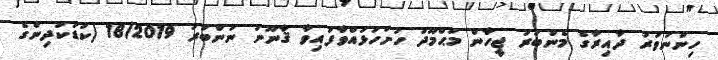
ހިންނަވަރު ދާއިރާގެ މެންބަރު ޖީހާން މަޙްމޫދު ހުށަހަޅުއްވާފައިވާ ޤާނޫނު ނަންބަރު 18/2019 (ކުޑަކުދިންގެ